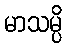
မာသမ္ပိ